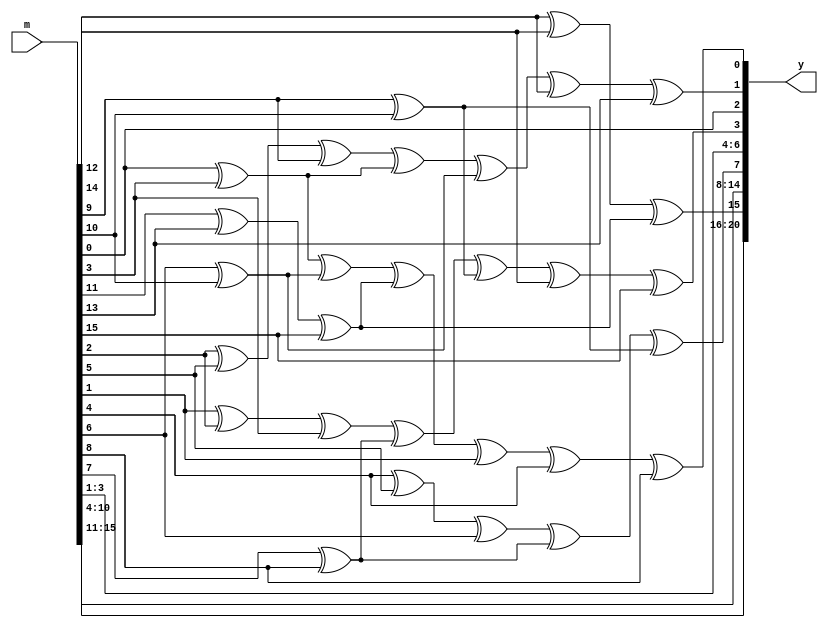
module hamming_precompute(
	input [15:0] m,
	output [20:0] y
	);
reg a,b,c,d,e;
reg p0,p1,p2,p3,p4;
always @ (m) begin 
 b=m[6]^m[10];
 d=m[7]^m[8];
 p4=m[12]^m[14];
 e=m[9]^m[10];
 a=m[0]^m[3];
 c=m[11]^m[13]^m[15];
 p1=m[2]^m[5]^m[9];
 p2=m[1]^m[2]^m[3];
 p3=m[4]^m[5]^m[6];
 p4=p4^c;
 p0=a^b^c^m[1]^m[4]^m[8];
 p1=p1^a^b^m[12]^m[13];
 p2=p2^d^e^m[14]^m[15];
 p3=p3^d^e;
end

//assigning final parity bits
assign y[0]=p0;
assign y[1]=p1;
assign y[2]=m[0];
assign y[3]=p2;
assign y[4]=m[1];
assign y[5]=m[2];
assign y[6]=m[3];
assign y[7]=p3;
assign y[8]=m[4];
assign y[9]=m[5];
assign y[10]=m[6];
assign y[11]=m[7];
assign y[12]=m[8];
assign y[13]=m[9];
assign y[14]=m[10];
assign y[15]=p4;
assign y[16]=m[11];
assign y[17]=m[12];
assign y[18]=m[13];
assign y[19]=m[14];
assign y[20]=m[15];
endmodule